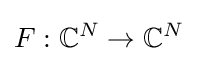
F:\mathbb {C} ^{N}\to \mathbb {C} ^{N}